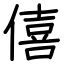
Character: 僖